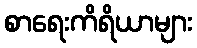
စာရေးကိရိယာများ